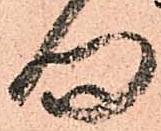
向